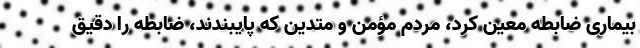
بیماری ضابطه معین کرد، مردم مؤمن و متدین که پایبندند، ضابطه را دقیق